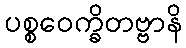
ပစ္စဝေက္ခိတဗ္ဗာနိ